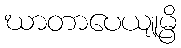
ဃာတာပေယျုမ္ပိ